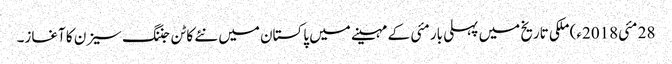
28 مئی2018ء) ملکی تاریخ میں پہلی بار مئی کے مہینے میں پاکستان میں نئے کاٹن جننگ سیزن کا آغاز۔